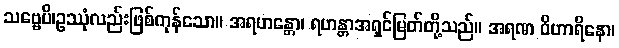
သဗ္ဗေပိ၊ဥဿုံလည်းဖြစ်ကုန်သော။ အရဟန္တော၊ ရဟန္တာအရှင်မြတ်တို့သည်။ အရဏ ဝိဟာရိနော၊